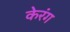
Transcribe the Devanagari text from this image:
केरंग